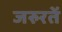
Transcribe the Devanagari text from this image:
जरुरतें